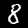
Digit: 8